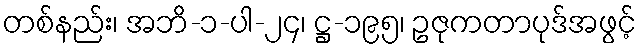
တစ်နည်း၊ အဘိ-၁-ပါ-၂၄၊ ဋ္ဌ-၁၉၅၊ ဥဇုကတာပုဒ်အဖွင့်